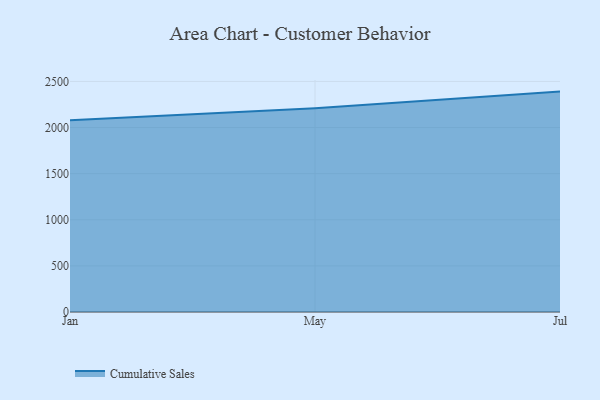
{"axis": {"x": "Month", "y": "Satisfaction Score"}, "legend": ["Cumulative Sales"], "data": [{"x": "Jan", "y": 2079.2, "type": "Cumulative Sales"}, {"x": "May", "y": 2210.1, "type": "Cumulative Sales"}, {"x": "Jul", "y": 2389.9, "type": "Cumulative Sales"}]}